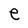
Character: e